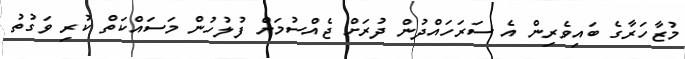
މުޒާހަރާގެ ބައިވެރިން އެ ސަރަހައްދުން ދުރަށް ޖެއްސުމަށް ފުލުހުން މަސައްކަތް ކުރި ވަގުތު